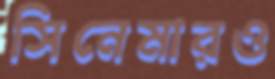
সিনেমারও